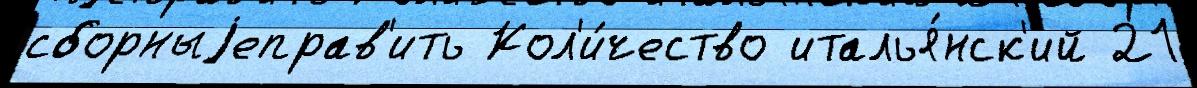
сборныjеправ'ить Кол'и́чество италья́нск'ий 21